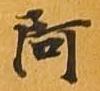
阿